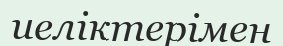
иеліктерімен